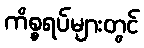
ကိစ္စရပ်များတွင်